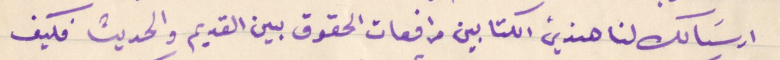
ارسَالك لنا هذين الكتابين مرافعات الحقوق بين القديم والحديث فكيف